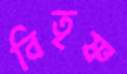
বিতৃষ্ণ